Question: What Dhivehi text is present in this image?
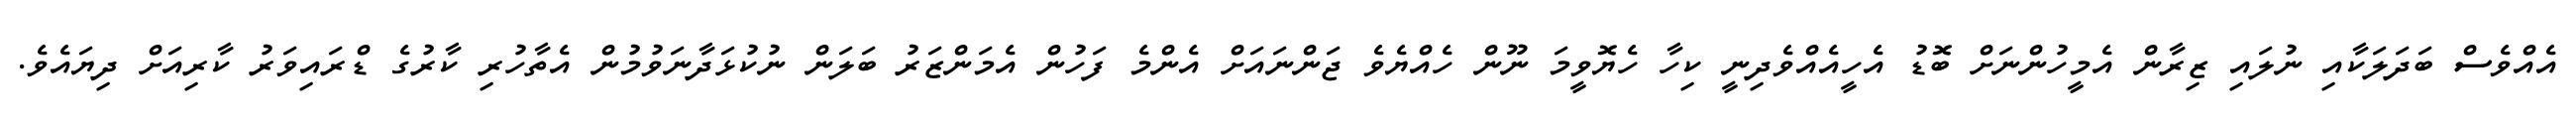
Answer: އެއްވެސް ބަދަލަކާއި ނުލައި ޒިރާން އެމީހުންނަށް ބޮޑު އެހީއެއްވެދިނީ ކިހާ ހެޔޮވީމަ ނޫން ހެއްޔެވެ ޖަންނައަށް އެންމެ ފަހުން އެމަންޒަރު ބަލަން ނުކުޅަދާނަވުމުން އެތާހުރި ކާރުގެ ޑްރައިވަރު ކާރިއަށް ދިޔައެވެ.